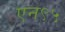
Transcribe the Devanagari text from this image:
एन९५